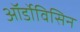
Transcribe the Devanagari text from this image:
ऑर्डोविसिन